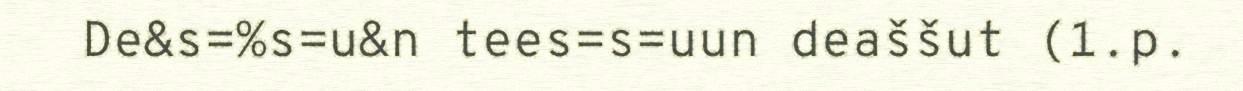
De&s=%s=u&n tees=s=uun deaššut (1.p.